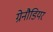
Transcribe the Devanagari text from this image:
ग्रेनौडियर